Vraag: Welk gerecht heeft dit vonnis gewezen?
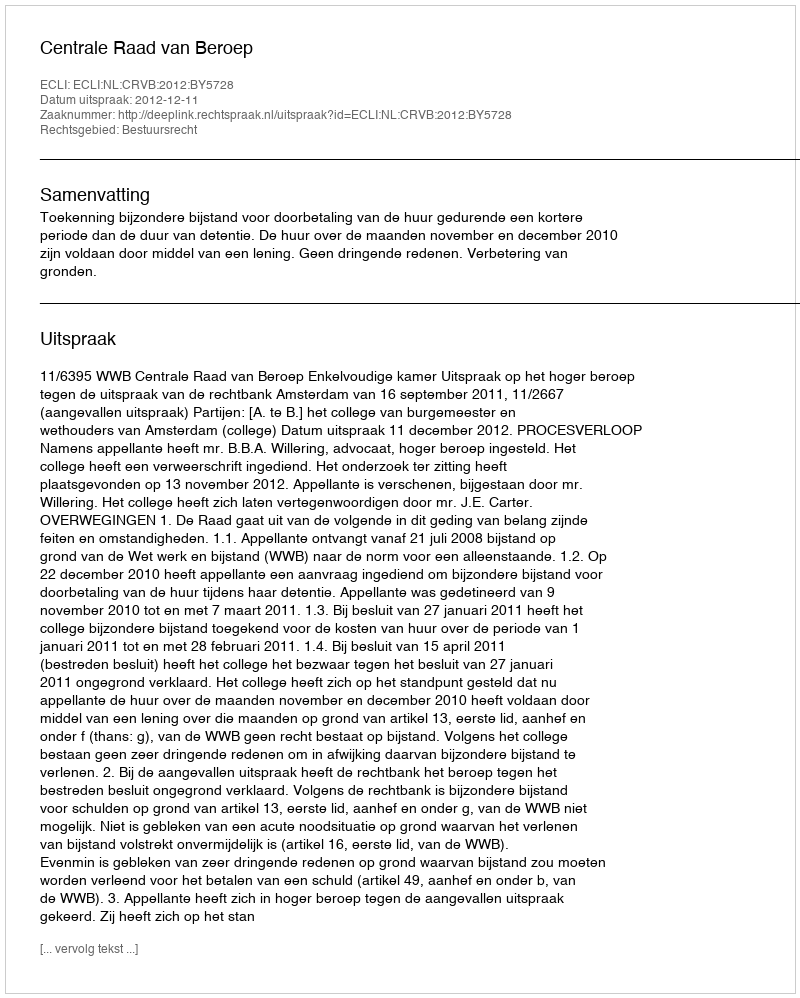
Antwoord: Centrale Raad van Beroep